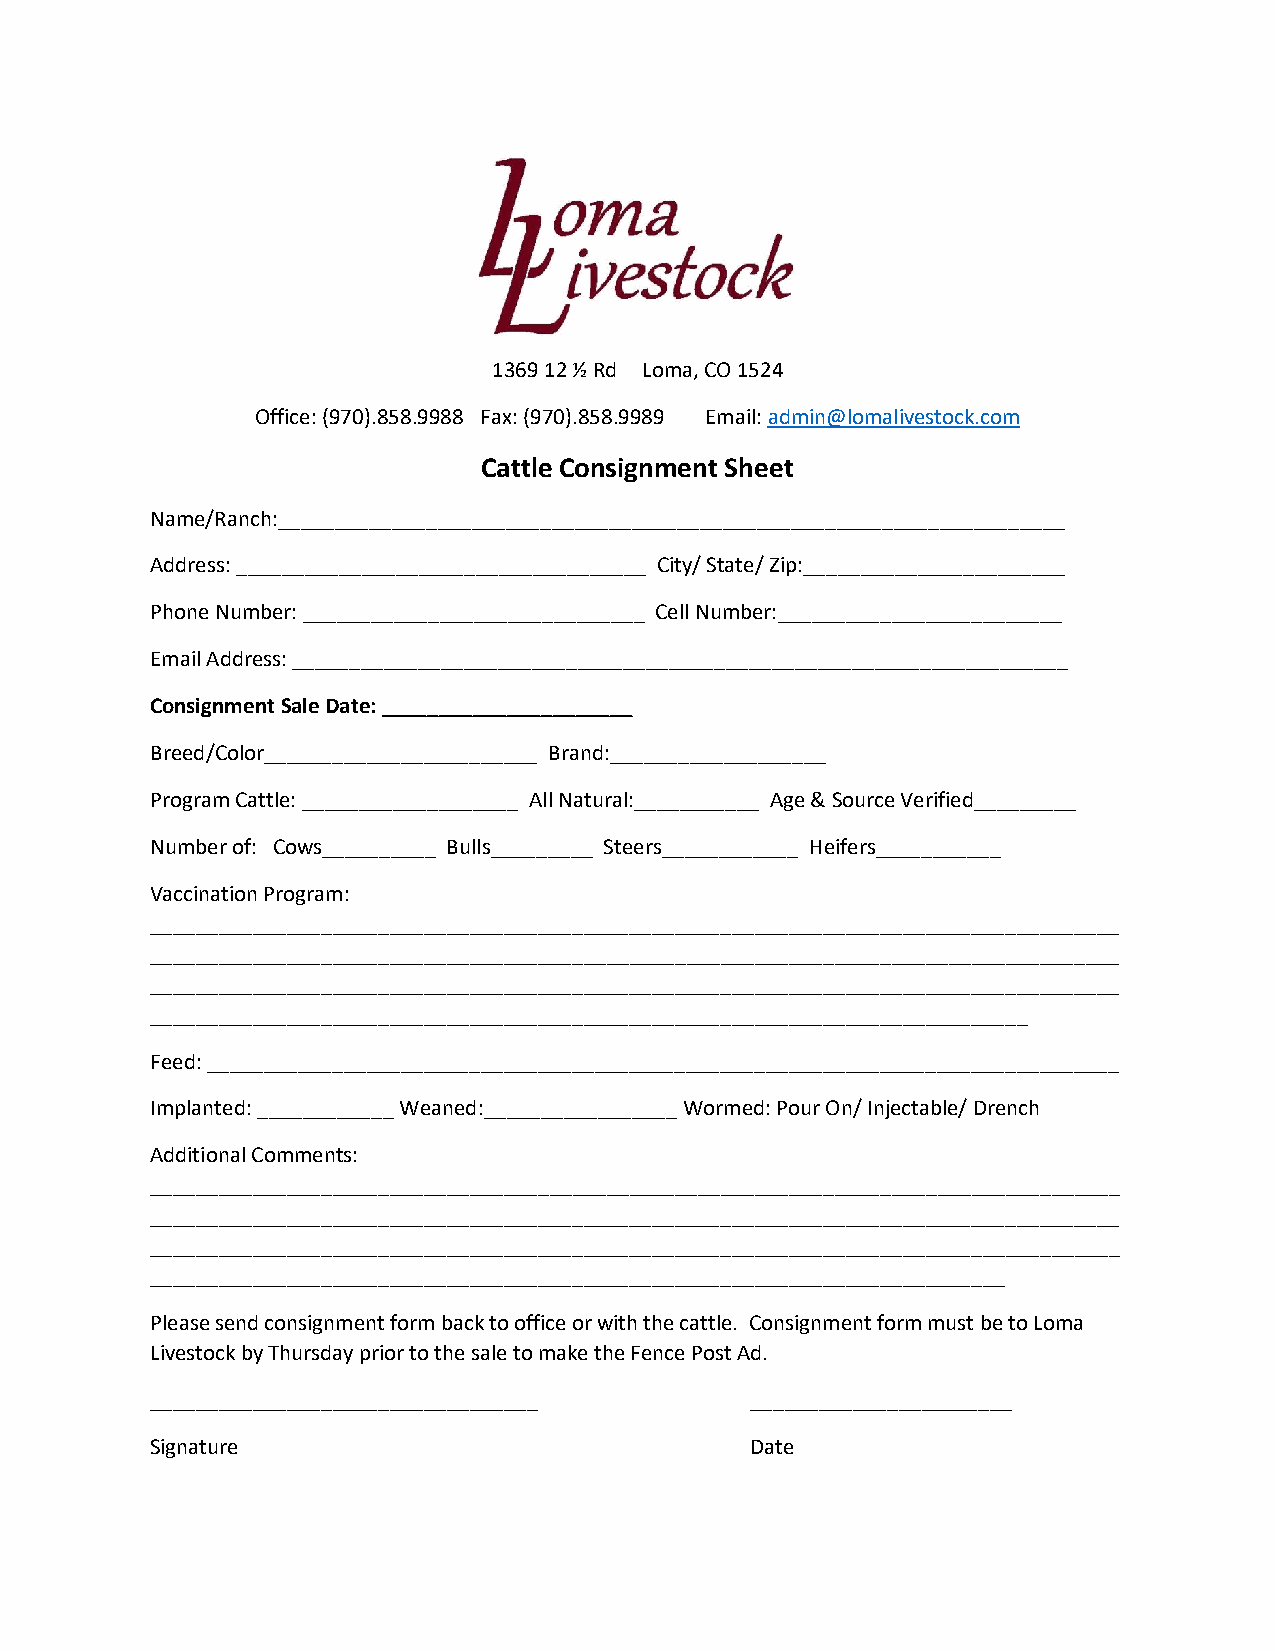
1369 12 ½ Rd Loma, CO 1524
 Office: (970).858.9988 Fax: (970).858.9989 Email: admin@lomalivestock.com
 Cattle Consignment Sheet
 Name/Ranch:_____________________________________________________________________
 Address: ____________________________________ City/ State/ Zip:_______________________
 Phone Number: ______________________________ Cell Number:_________________________
 Email Address: ____________________________________________________________________
 Consignment Sale Date: ______________________
 Breed/Color________________________ Brand:___________________
 Program Cattle: ___________________ All Natural:___________ Age & Source Verified_________
 Number of: Cows__________ Bulls_________ Steers____________ Heifers___________
 Vaccination Program:
 _____________________________________________________________________________________
 _____________________________________________________________________________________
 _____________________________________________________________________________________
 _____________________________________________________________________________
 Feed: ________________________________________________________________________________
 Implanted: ____________ Weaned:_________________ Wormed: Pour On/ Injectable/ Drench
 Additional Comments:
 _____________________________________________________________________________________
 _____________________________________________________________________________________
 _____________________________________________________________________________________
 ___________________________________________________________________________
 Please send consignment form back to office or with the cattle. Consignment form must be to Loma
 Livestock by Thursday prior to the sale to make the Fence Post Ad.
 __________________________________      _______________________
 Signature                               Date